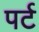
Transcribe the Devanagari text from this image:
पर्ट